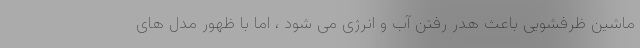
ماشین ظرفشویی باعث هدر رفتن آب و انرژی می شود ، اما با ظهور مدل های